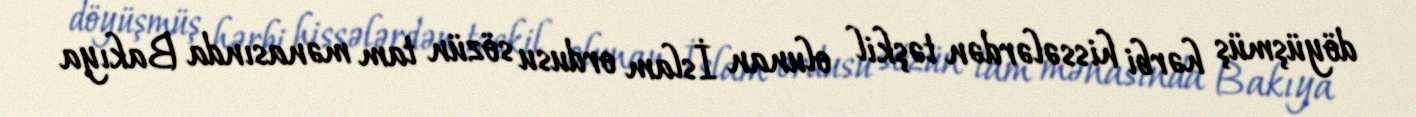
döyüşmüş hərbi hissələrdən təşkil olunan İslam ordusu sözün tam mənasında Bakıya